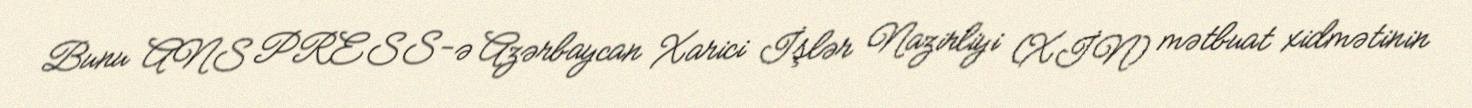
Bunu ANS PRESS-ə Azərbaycan Xarici İşlər Nazirliyi (XİN) mətbuat xidmətinin